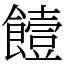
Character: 饐